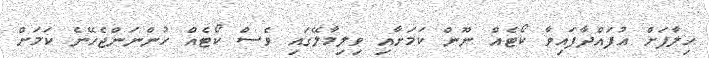
ހިލާފަށް އުފައްދާފައިވާ ކޯޓެއް ނޫން ކަމަށާއި ވިލިމާލޭގައި ވެސް ކޯޓެއް ހުންނަންޖެހޭނެ ކަމަށް